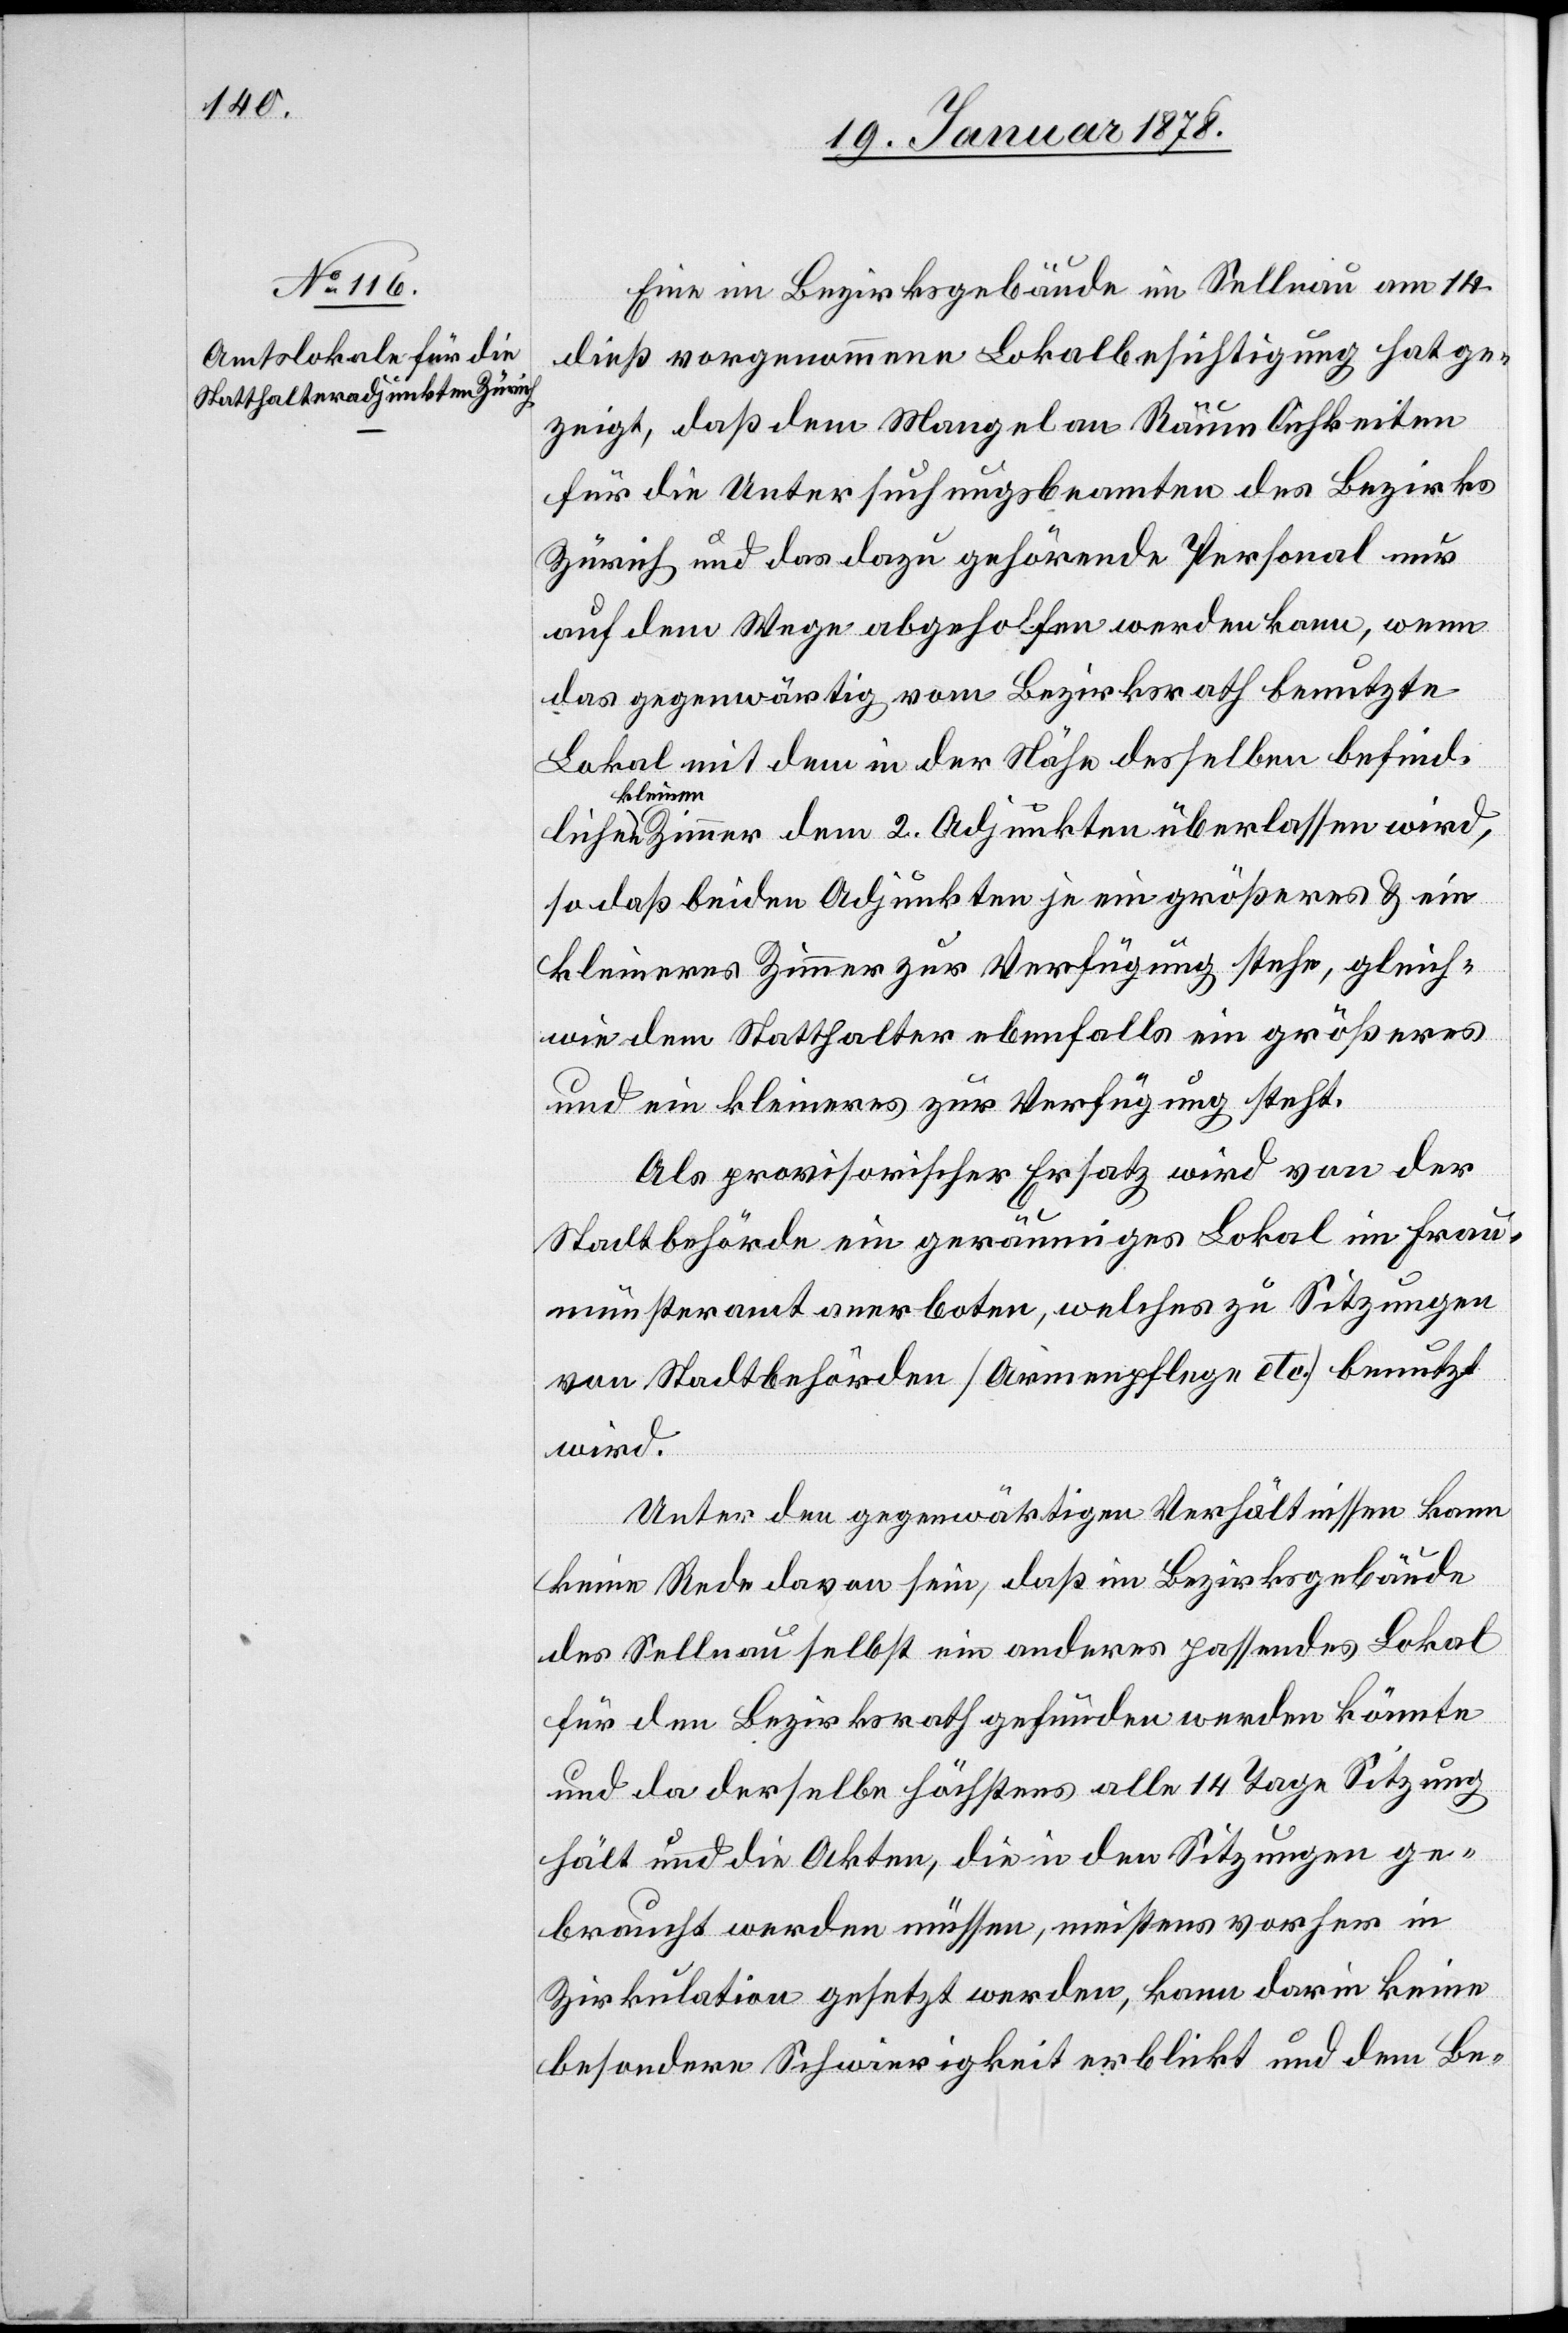
Eine im Bezirksgebäude in Sellnau am 14.
dieß vorgenommene Lokalbesichtigung hat ge¬
zeigt, daß dem Mangel an Räumlichkeiten
für die Untersuchungsbeamten des Bezirks
Zürich und das dazu gehörende Personal nur
auf dem Wege abgeholfen werden kann, wenn
das gegenwärtig vom Bezirksrath benutzte
Lokal mit dem in der Nähe desselben befind¬
lichen
kleinen Zimmer dem 2. Adjunkten überlassen wird,
so daß beiden Adjunkten je ein größeres & ein
kleineres Zimmer zur Verfügung stehe, gleich¬
wie dem Statthalter ebenfalls ein größeres
und ein kleineres zur Verfügung steht.
Als provisorischer Ersatz wird von der
Stadtbehörde ein geräumiges Lokal im Frau¬
münsteramt anerboten, welches zu Sitzungen
von Stadtbehörden (Armenpflege etc.) benutzt
wird.
Unter den gegenwärtigen Verhältnissen kann
keine Rede davon sein, daß im Bezirksgebäude
der Sellnau selbst ein anderes passendes Lokal
für den Bezirksrath gefunden werden könnte
und da derselbe höchstens alle 14 Tage Sitzung
hält und die Akten, die in den Sitzungen ge¬
braucht werden müssen, meistens vorher in
Zirkulation gesetzt werden, kann darin keine
besondere Schwierigkeit erblickt und dem Be-